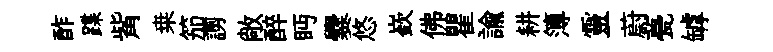
酢蹀觜桒笳謭敞醉眄爨悠嶔佛瞿諭耕簿靈蔚甍罅